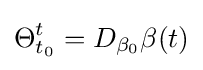
\Theta _{t_{0}}^{t}=D_{\beta _{0}}\beta (t)